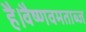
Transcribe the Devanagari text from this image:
है।वैष्णवमताब्ज